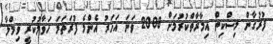
ފުރުގާން މިސްކިތް އިމާރާތްކުރުމަށް 2008 ވަނަ އަހަރު އެންމެ ފުރަތަމަ ހަވާލުކުރީ ވިމްލާ